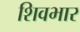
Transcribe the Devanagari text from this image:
शिवभार